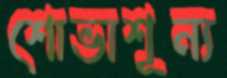
শোভাশূন্য